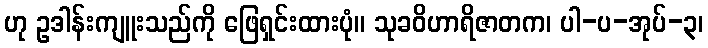
ဟု ဥဒါန်းကျူးသည်ကို ဖြေရှင်းထားပုံ။ သုခဝိဟာရိဇာတက၊ ပါ-ပ-အုပ်-၃၊